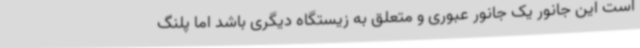
است این جانور یک جانور عبوری و متعلق به زیستگاه دیگری باشد اما پلنگ